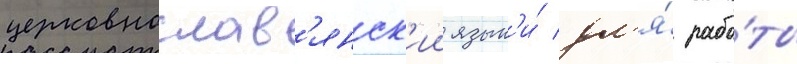
церковнослав'янск'ии язык'и́ дл'я́ рабо́ты